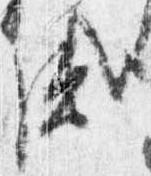
盛